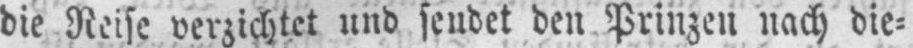
die Reise verzichtet und sendet den Prinzen nach die⸗